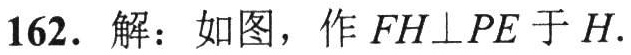
162. 解：如图，作 \(FH\perp PE\) 于 \(H\).